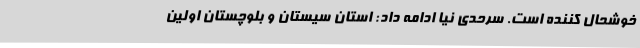
خوشحال کننده است. سرحدی نیا ادامه داد: استان سیستان و بلوچستان اولین